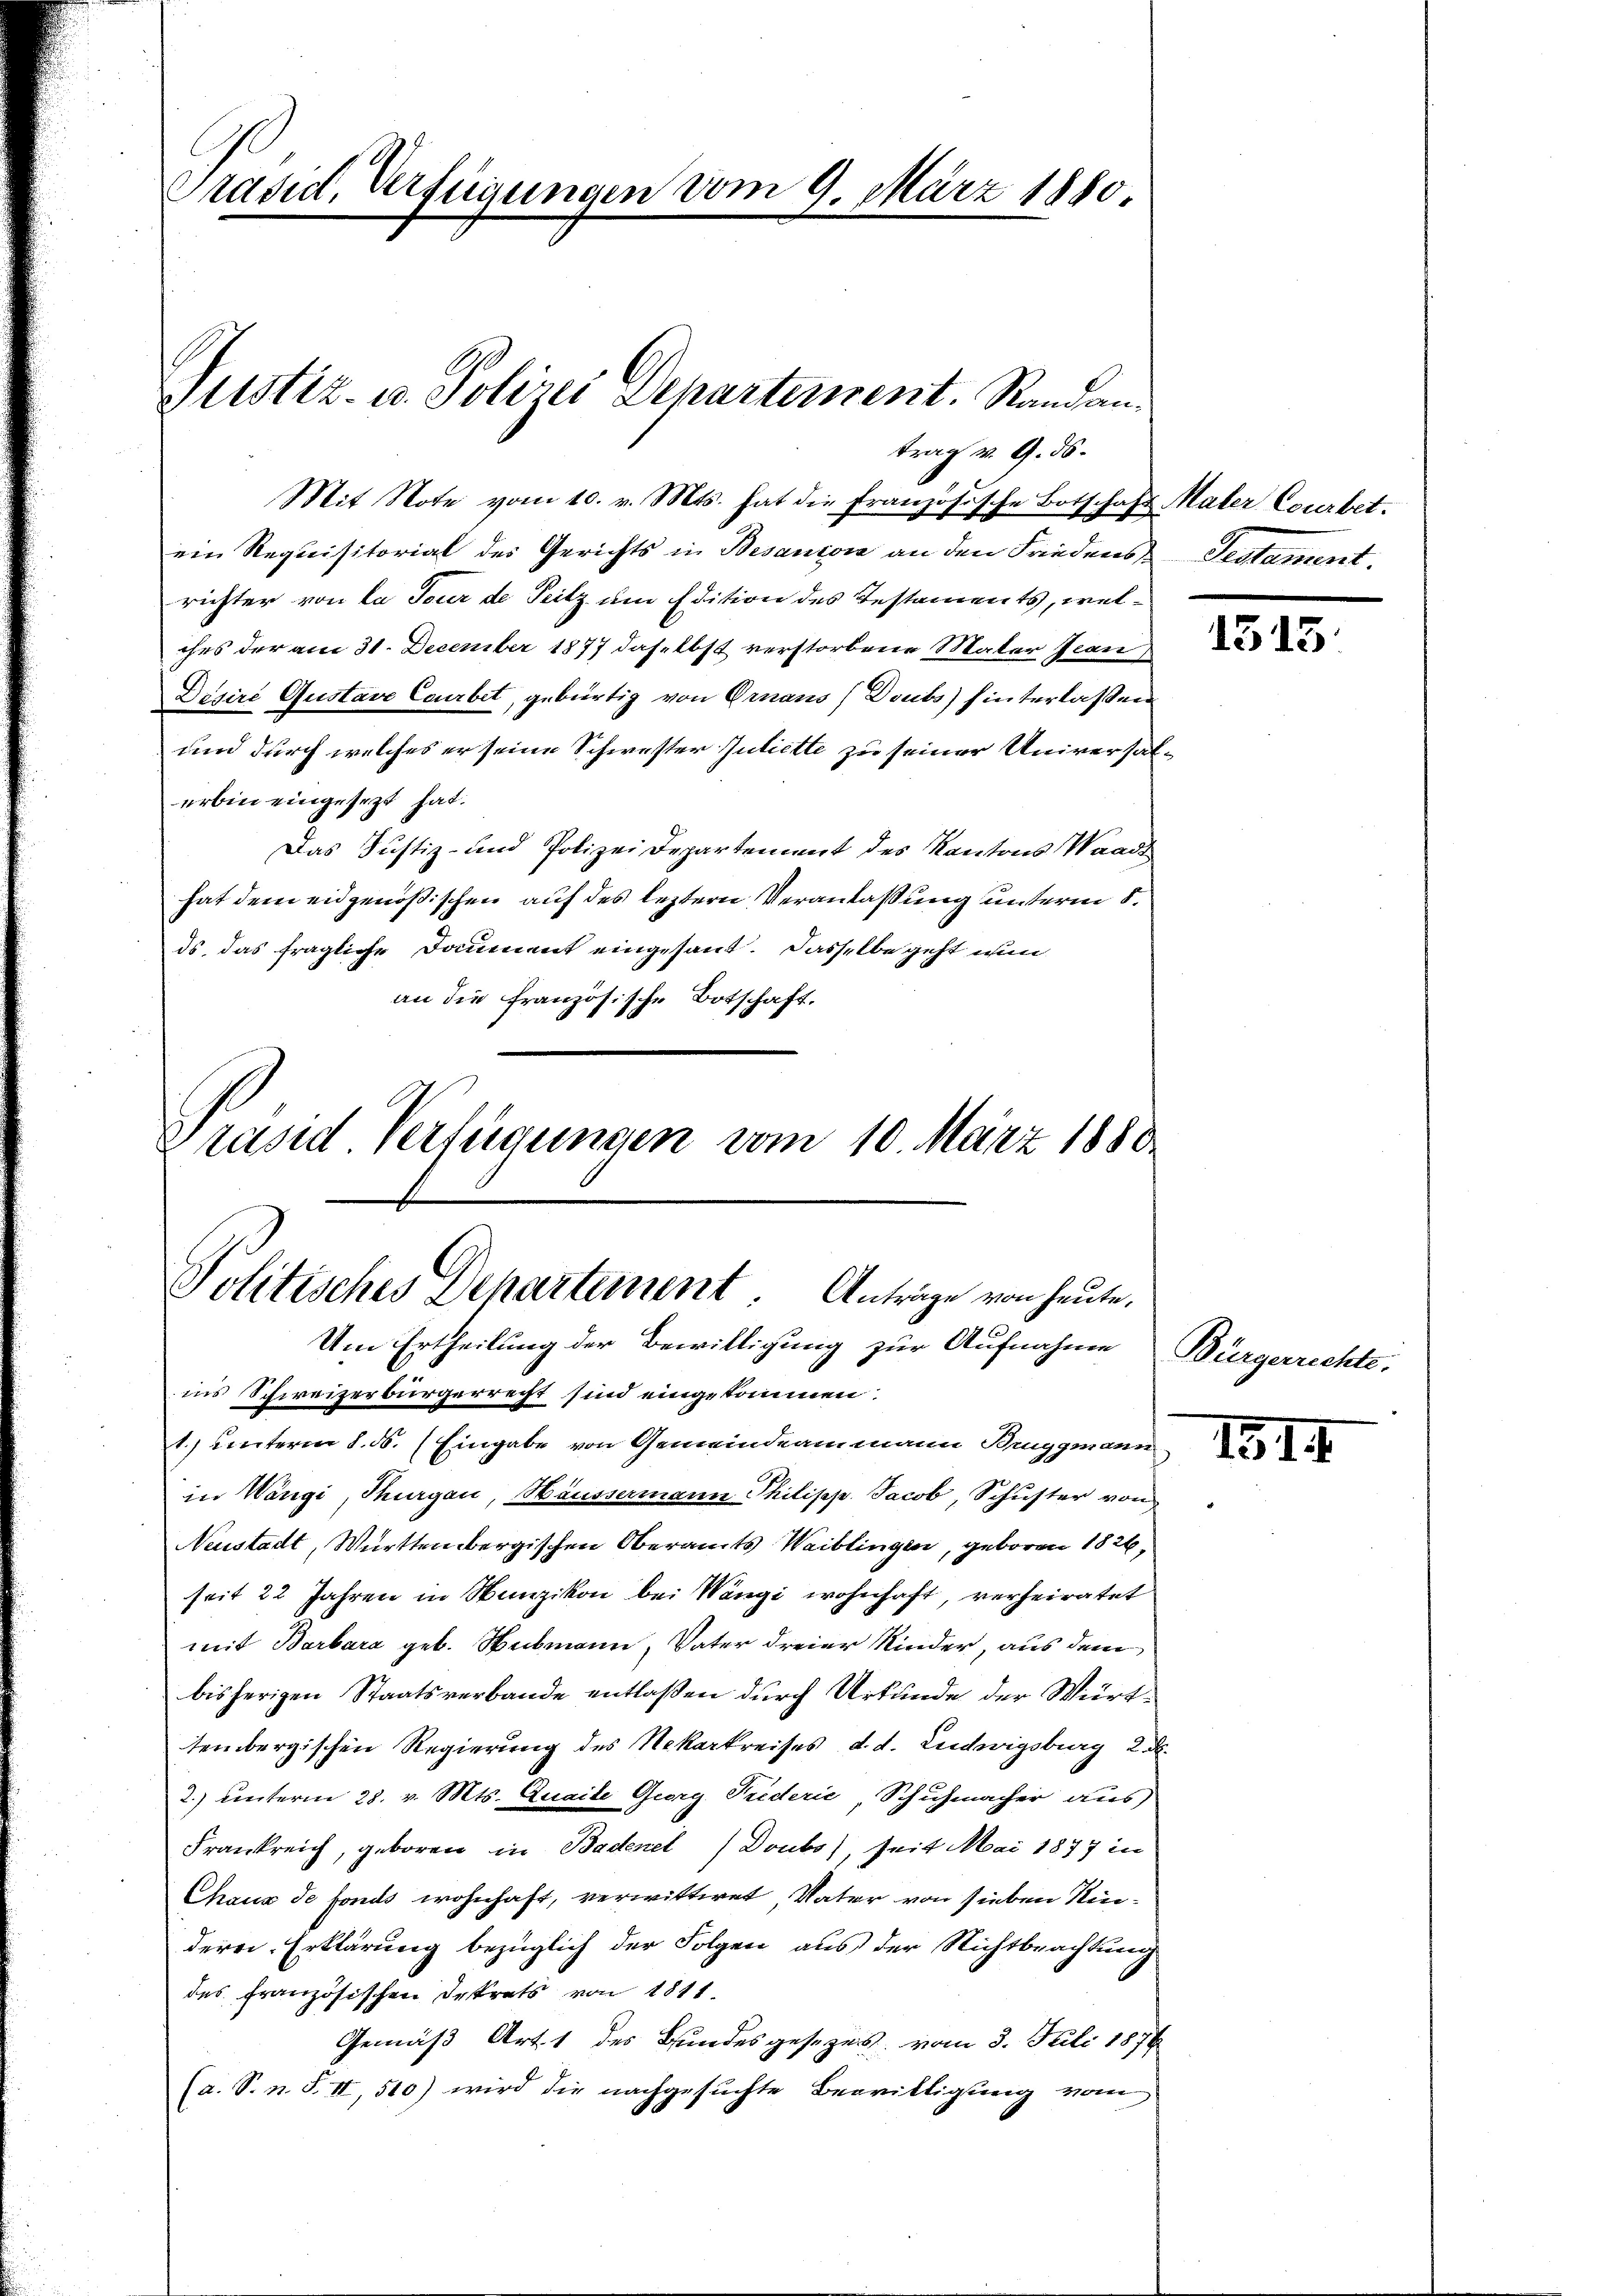
Präsid. Verfügungen vom 9. März 1880.

ein Requisitorial des Gerichts in Besandon an den Friedens Testament.
richter von la Tour de Seitz um Edition des Testaments, welches der am 31. December 1877 daselbst verstorbene Mater Jean
Desire Gustave Courbet, gebürtig von Ornaus (Douts) hinterlaßen
und durch welches er seine Schwester Juliette zu seiner Universalerbin eingesezt hat.
Das Justiz- und Polizei Departement des Kantons Waadt
hat dem eidgenößischen auf des leztern Veranlaßung unterm 8.
ds das fragliche Daument eingesant. Dasselbe geht nun
an die französische Botschaft.
Präsid Verfügungen vom 10. März 1880

trag v. 9. ds.
Mit Note vom 10. v. Mts. hat die französische Botschaft Maler Courbet.

Justiz- u. Polizei Departement. Randan¬

Politisches Departement. Anträge von heute.
Um Ertheilung der Bewilligung zur Aufnahme Bürgerrechte,

ins Schweizerbürgerrecht sind eingekommen.
1.) unterm 8. ds. (Eingabe von Gemeindeammann Bruggmann
in Wangi, Thurgau, Häussermann Thilipp. Jacob, Schuster von
Neustadt, Württembergischen Oberamts Waiblingen, geboren 1826
seit 22 Jahren in Munzikon bei Wangi wohnhaft, verheiratet
mit Barbara geb. Webmann, Vater dreier Kinder, aus dem
bisherigen Staatsverbande entlaßen durch Urkunde der Württembergischen Regierung des Nekarkreises, d. d. Ludwigsburg 2. d.
2.) unterm 28. v. Mts. Quaite Georg Puderie, Schuhmacher aus
Frankreich, geboren in Badenel / Doubs), seit Mai 1877 in
Chaus de fonds wohnhaft, verwittwet, Vater von sieben Kindere Erklärung bezüglich der Folgen aus der Nichtbrachtung
des französischen Dekrets von 1811.
Gemäß Art. 1 des Bundesgesezes, vom 3. Juli 1876
(a. S. n. F. II, 510) wird die nachgesuchte Bewilligung vom

1315.

1314